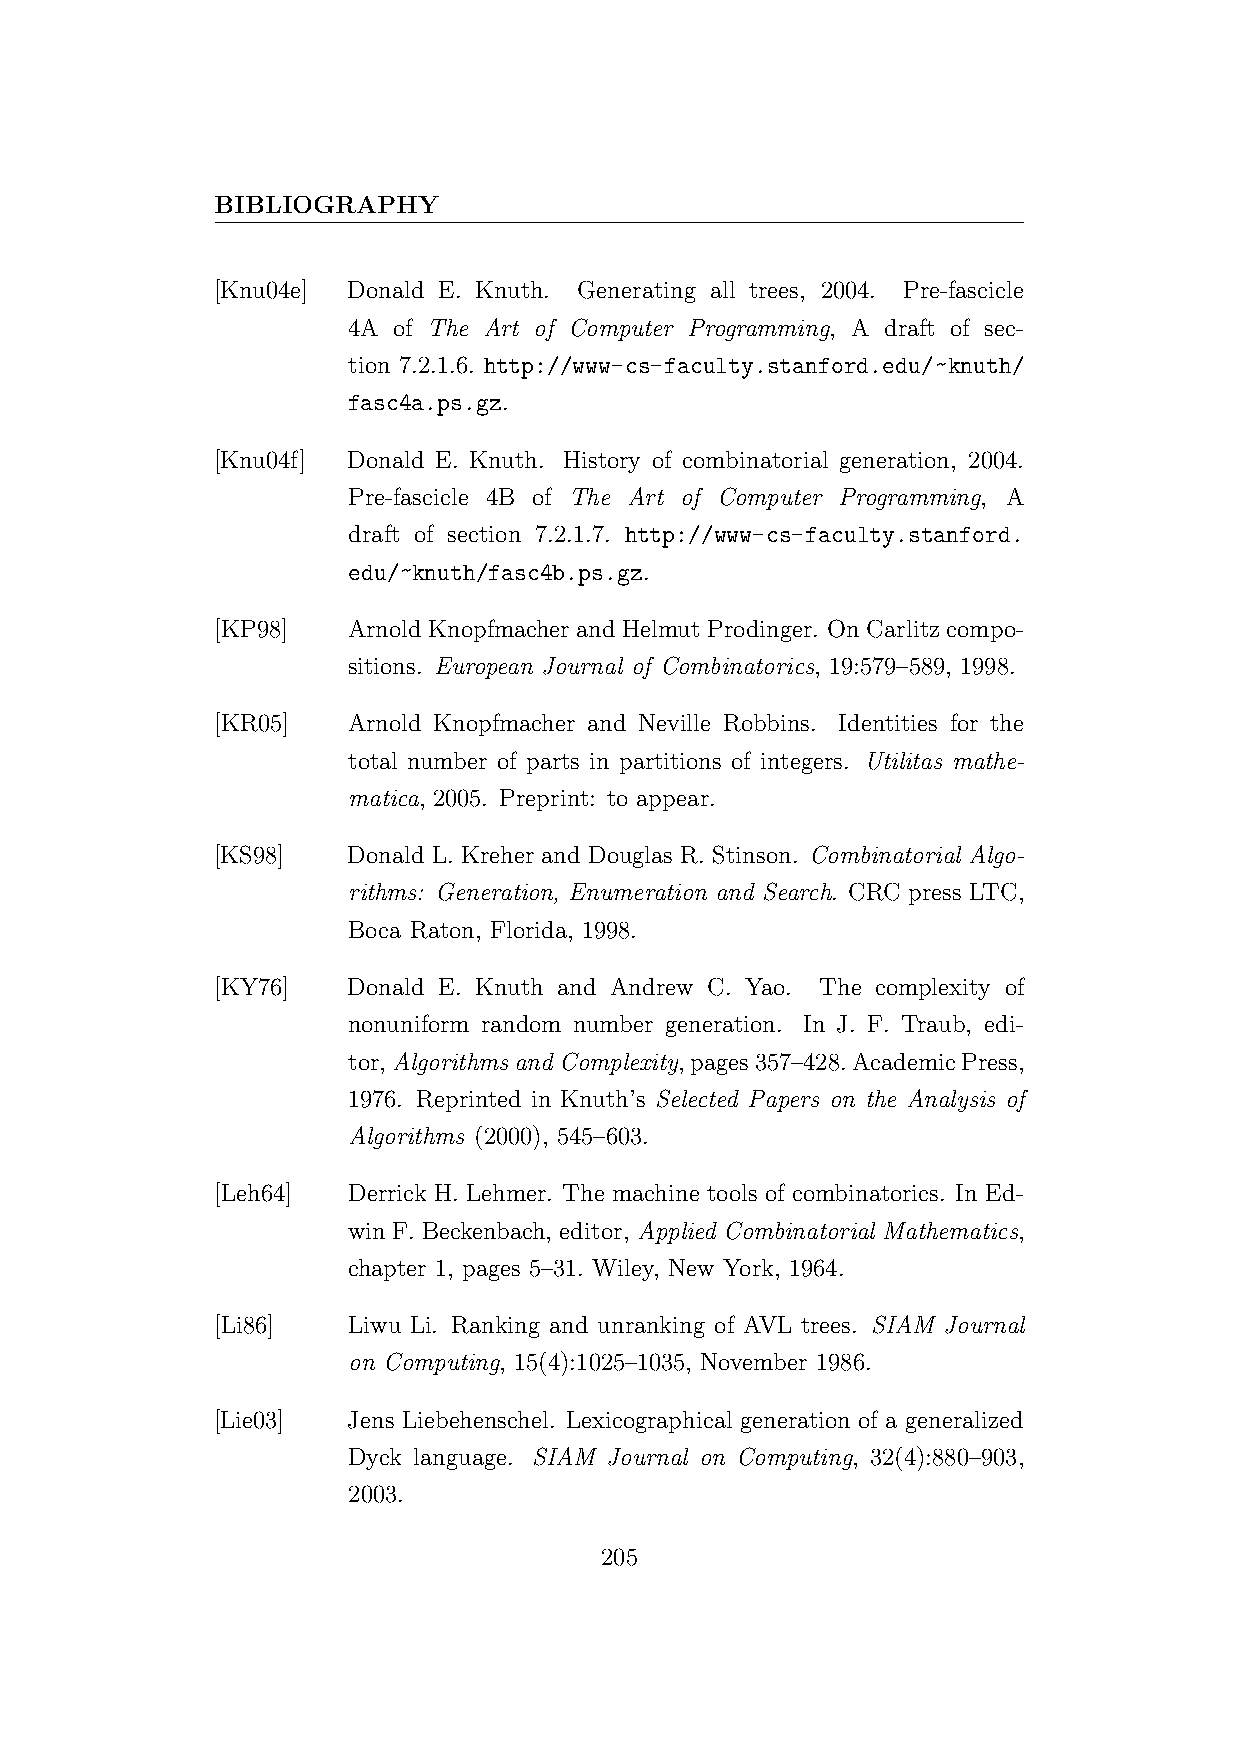
BIBLIOGRAPHY
 [Knu04e] Donald E. Knuth. Generating all trees, 2004. Pre-fascicle
 4A of The Art of Computer Programming, A draft of sec-
 tion 7.2.1.6. http://www-cs-faculty.stanford.edu/~knuth/
 fasc4a.ps.gz.
 [Knu04f] Donald E. Knuth. History of combinatorial generation, 2004.
 Pre-fascicle 4B of The Art of Computer Programming, A
 draft of section 7.2.1.7. http://www-cs-faculty.stanford.
 edu/~knuth/fasc4b.ps.gz.
 [KP98]   Arnold Knopfmacher and Helmut Prodinger. On Carlitz compo-
 sitions. European Journal of Combinatorics, 19:579–589, 1998.
 [KR05]   Arnold Knopfmacher and Neville Robbins. Identities for the
 total number of parts in partitions of integers. Utilitas mathe-
 matica, 2005. Preprint: to appear.
 [KS98]   Donald L. Kreher and Douglas R. Stinson. Combinatorial Algo-
 rithms: Generation, Enumeration and Search. CRC press LTC,
 Boca Raton, Florida, 1998.
 [KY76]   Donald E. Knuth and Andrew C. Yao. The complexity of
 nonuniform random number generation. In J. F. Traub, edi-
 tor,Algorithms and Complexity,pages357–428.AcademicPress,
 1976. Reprinted in Knuth’s Selected Papers on the Analysis of
 Algorithms (2000), 545–603.
 [Leh64]  Derrick H. Lehmer. The machine tools of combinatorics. In Ed-
 win F. Beckenbach, editor, Applied Combinatorial Mathematics,
 chapter 1, pages 5–31. Wiley, New York, 1964.
 [Li86]   Liwu Li. Ranking and unranking of AVL trees. SIAM Journal
 on Computing, 15(4):1025–1035, November 1986.
 [Lie03]  Jens Liebehenschel. Lexicographical generation of a generalized
 Dyck language. SIAM Journal on Computing, 32(4):880–903,
 2003.
 205